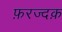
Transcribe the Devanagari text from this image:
फ़रज्दक़